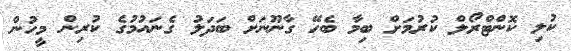
ކުލި ކޮންޓްރޯލް ކުރުމަށް ބިމާ ބެހޭ ގާނޫނަށް ބަދަލު ގެނައުމުގެ ކުރިން މީހުން